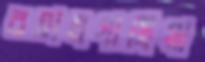
বহালগাছিয়া